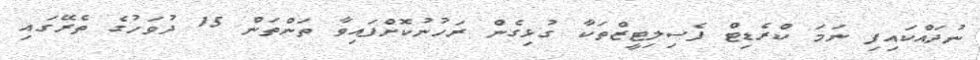
ނުދައްކައިފި ނަމަ ކްރެޑިޓް ފެސިލިޓީޒްތަކާ ގުޅިގެން ރަހުނުކޮށްފައިވާ ތަންތަން 15 ދުވަހުގެ ތެރޭގައި